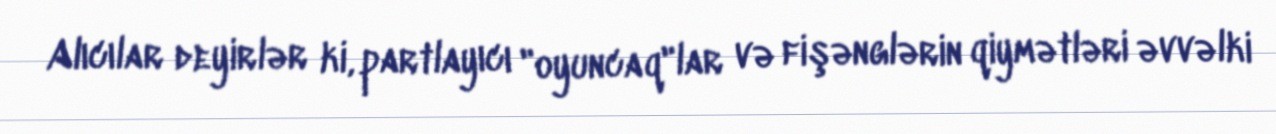
Alıcılar deyirlər ki, partlayıcı "oyuncaq"lar və fişənglərin qiymətləri əvvəlki